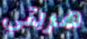
هربتي